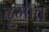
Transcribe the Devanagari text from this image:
दुमॉत